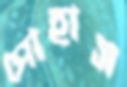
পোহাস